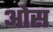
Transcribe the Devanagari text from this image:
आेस